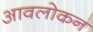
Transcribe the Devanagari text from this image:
आवलोकन